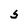
Character: 5